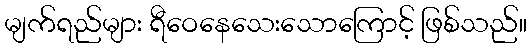
မျက်ရည်များ ရီဝေနေသေးသောကြောင့် ဖြစ်သည်။